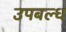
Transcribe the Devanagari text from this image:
उपबल्ध